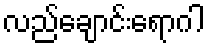
လည်ချောင်းရောဂါ